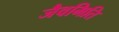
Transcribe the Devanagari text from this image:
जैवमिति